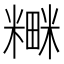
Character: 𮵼